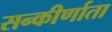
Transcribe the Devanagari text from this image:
सन्कीर्णाता